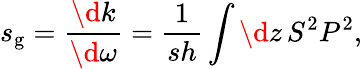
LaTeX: s_{\mathrm{g}}=\frac{\d k}{\d\omega}=\frac{1}{sh}\int\d z\, S^{2}P^{2},